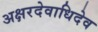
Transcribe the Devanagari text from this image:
अक्षरदेवाधिदेव